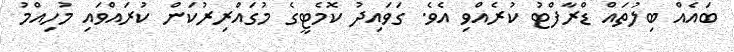
ބައެއް ބިލުތައް ޑްރާފްޓު ކުރެއްވި އެވެ. ގަވައިދު ކޮމެޓީގެ މުގައްރިރުކަން ކުރައްވައި މުހިއްމު